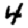
Digit: 4